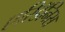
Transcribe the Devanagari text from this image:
एरिडॅनिस